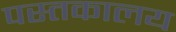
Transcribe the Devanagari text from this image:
पस्तकालय